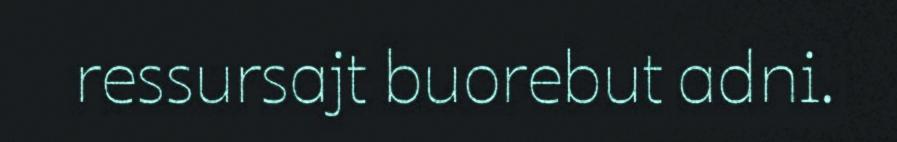
ressursajt buorebut adni.